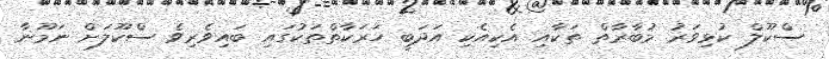
ސްކޫލް ކުޅިވަރު މުބާރާތް ތަކާއި އެކިއެކި އަދަބީ ހަރަކާތްތަކުގައި ބައިވެރިވެ ސްކޫލަށް ނަމޫނާ